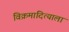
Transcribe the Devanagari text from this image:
विक्रमादित्याला